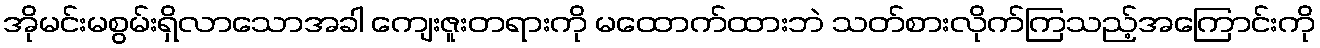
အိုမင်းမစွမ်းရှိလာသောအခါ ကျေးဇူးတရားကို မထောက်ထားဘဲ သတ်စားလိုက်ကြသည့်အကြောင်းကို